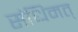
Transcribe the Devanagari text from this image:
संधिमत्